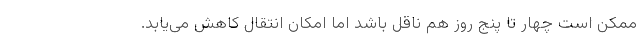
ممکن است چهار تا پنج روز هم ناقل باشد اما امکان انتقال کاهش می‌یابد.